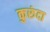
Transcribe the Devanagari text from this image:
कुरुंदा